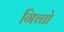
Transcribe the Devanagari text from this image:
गिच्चो